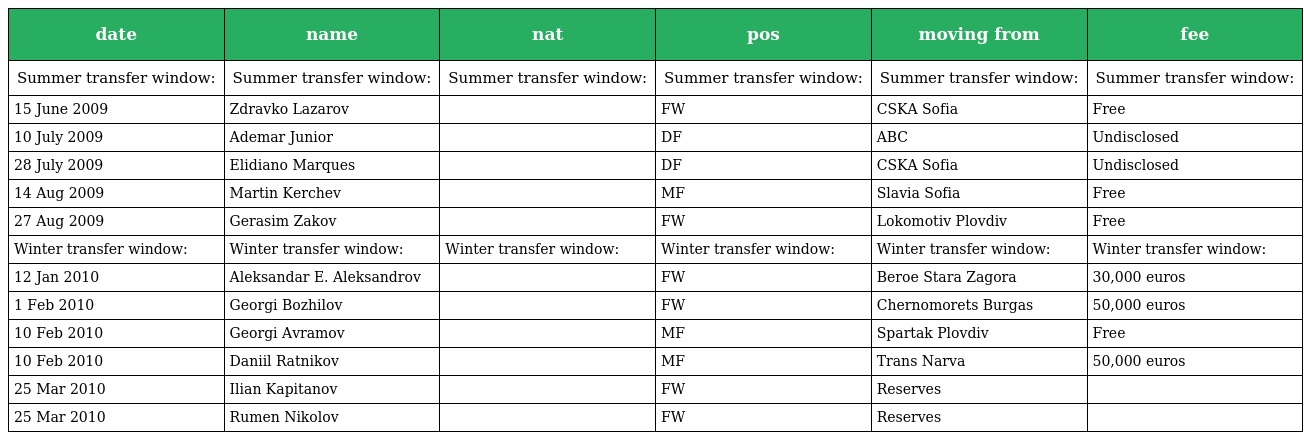
| date | name | nat | pos | moving from | fee |
 | --- | --- | --- | --- | --- | --- |
 | Summer transfer window: | Summer transfer window: | Summer transfer window: | Summer transfer window: | Summer transfer window: | Summer transfer window: |
 | 15 June 2009 | Zdravko Lazarov |  | FW | CSKA Sofia | Free |
 | 10 July 2009 | Ademar Junior |  | DF | ABC | Undisclosed |
 | 28 July 2009 | Elidiano Marques |  | DF | CSKA Sofia | Undisclosed |
 | 14 Aug 2009 | Martin Kerchev |  | MF | Slavia Sofia | Free |
 | 27 Aug 2009 | Gerasim Zakov |  | FW | Lokomotiv Plovdiv | Free |
 | Winter transfer window: | Winter transfer window: | Winter transfer window: | Winter transfer window: | Winter transfer window: | Winter transfer window: |
 | 12 Jan 2010 | Aleksandar E. Aleksandrov |  | FW | Beroe Stara Zagora | 30,000 euros |
 | 1 Feb 2010 | Georgi Bozhilov |  | FW | Chernomorets Burgas | 50,000 euros |
 | 10 Feb 2010 | Georgi Avramov |  | MF | Spartak Plovdiv | Free |
 | 10 Feb 2010 | Daniil Ratnikov |  | MF | Trans Narva | 50,000 euros |
 | 25 Mar 2010 | Ilian Kapitanov |  | FW | Reserves |  |
 | 25 Mar 2010 | Rumen Nikolov |  | FW | Reserves |  |